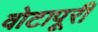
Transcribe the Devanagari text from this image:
वोटापूरी